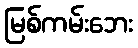
မြစ်ကမ်းဘေး